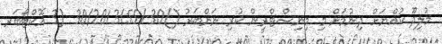
މުލިދޫ ކުއްޔަށް ދިނުމަށް މި މިނިސްޓްރީން ކުރި ނަންބަރު ()30-/30/2013/55 (3 އޮކްޓޯބަރ